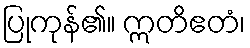
ပြုကုန်၏။ ဣတိဧတံ၊